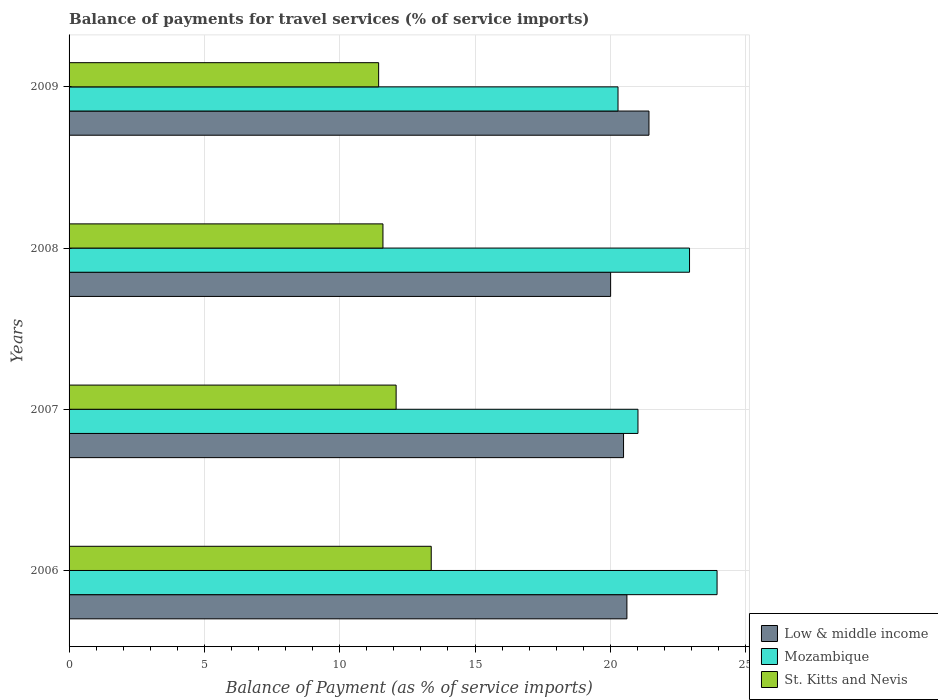
| Years | Low & middle income | Mozambique | St. Kitts and Nevis |
 | --- | --- | --- | --- |
 | 2006 | 20.6 | 23.9 | 13.4 |
 | 2007 | 20.5 | 21 | 12.1 |
 | 2008 | 20 | 22.9 | 11.6 |
 | 2009 | 21.4 | 20.3 | 11.4 |